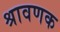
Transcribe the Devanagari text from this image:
श्रावणक